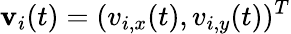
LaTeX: \mathbf v_{i}(t)=(v_{i,x}(t),v_{i,y}(t))^{T}